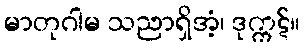
မာတုဂါမ သညာရှိအံ့၊ ဒုက္ကဋ်။